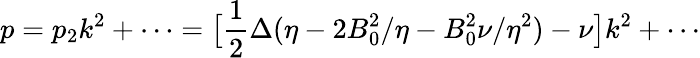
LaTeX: p=p_{2}k^{2}+\cdots=\bigl[\frac{1}{2}\Delta(\eta-2B_{0}^{2}/\eta-B_{0}^{2}\nu/\eta^{2})-\nu\bigr]k^{2}+\cdots